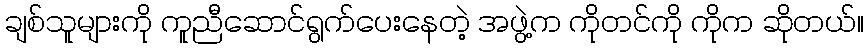
ချစ်သူများကို ကူညီဆောင်ရွက်ပေးနေတဲ့ အဖွဲ့က ကိုတင်ကို ကိုက ဆိုတယ်။